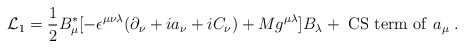
\begin{align*}{\cal L}_1 =\frac{1}{2}B^*_{\mu}[-\epsilon^{\mu\nu\lambda}(\partial_\nu+ia_\nu+iC_\nu)+Mg^{\mu\lambda}]B_\lambda + {\rm ~CS~term~of}~a_\mu \;.\end{align*}